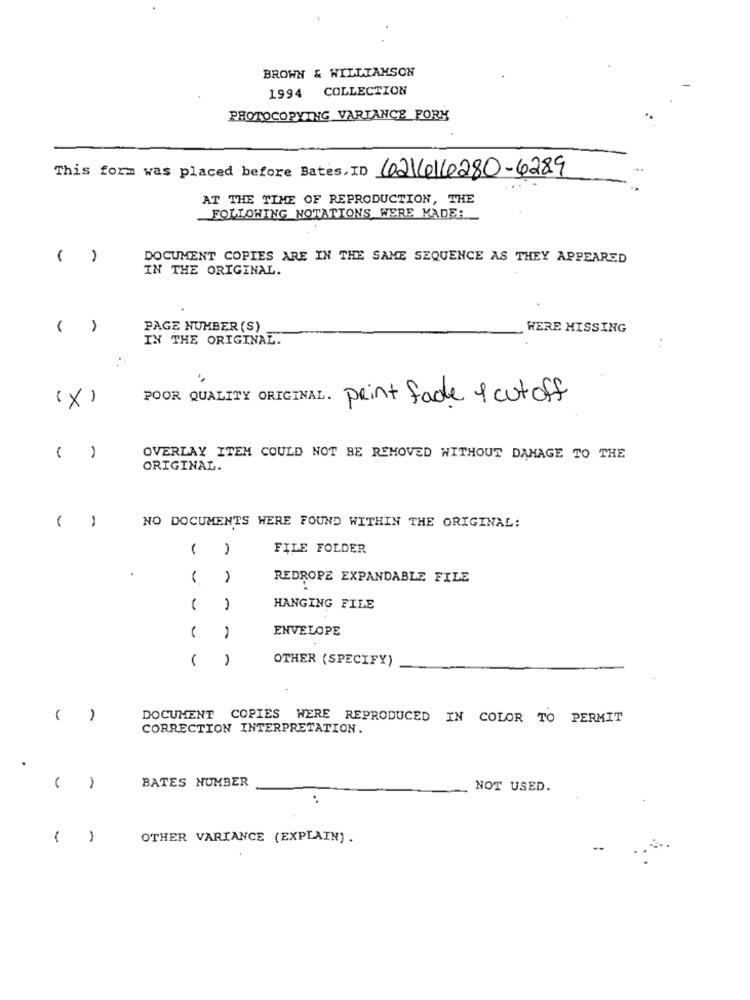
BROWN & WILLIAMSON
COLLECTION
1994
PHOTOCOPYING VARTANCE_FORK
This form was placed before Bates, ID 621616280-6289
AT THE TIME OF REPRODUCTION, THE
FOLLOWING NOTATIONS WERE MADE:
( )
DOCUMENT COPIES ARE IN THE SAME SEQUENCE AS THEY APPEARED
IN THE ORIGINAL.
A
PAGE NUMBER (S)
WERE MISSING
IN THE ORIGINAL.
. .
(X)
POOR QUALITY ORIGINAL. print fade & cut off
OVERLAY ITEM COULD NOT BE REMOVED WITHOUT DAMAGE TO THE
ORIGINAL.
NO DOCUMENTS WERE FOUND WITHIN THE ORIGINAL:
1
FILE FOLDER
REDROPE EXPANDABLE FILE
HANGING FILE
ENVELOPE
OTHER (SPECIFY)
A
DOCUMENT COPIES WERE REPRODUCED IN COLOR TO PERMIT
CORRECTION INTERPRETATION.
BATES NUMBER
NOT USED.
:
OTHER VARIANCE (EXPLAIN) .